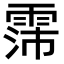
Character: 霈